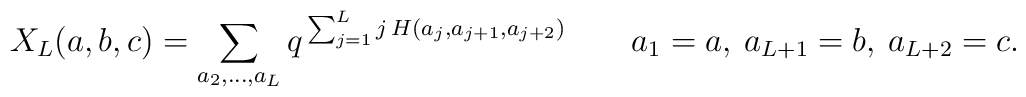
X_L(a,b,c) = \sum_{a_2,\ldots,a_L}q^{\, \sum_{j=1}^L j \, H(a_j,a_{j+1},a_{j+2})} \qquad a_1=a,\: a_{L+1}=b,\:a_{L+2}=c.